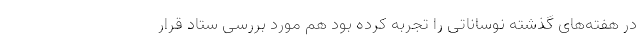
در هفته‌های گذشته نوساناتی را تجربه کرده بود هم مورد بررسی ستاد قرار